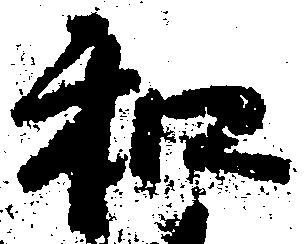
和